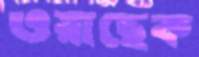
ওয়াছেক